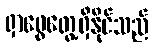
ရှာဖွေတွေ့ရှိနိုင်သည်